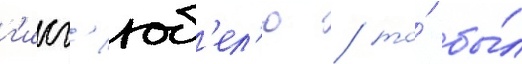
г'исг'юб'ел'ю / то́ бы́л